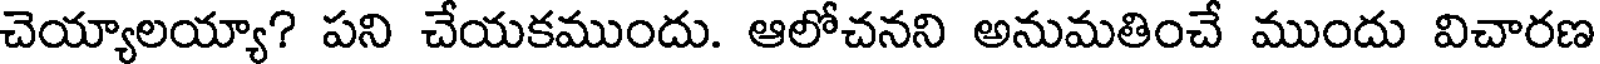
చెయ్యాలయ్యా? పని చేయకముందు. ఆలోచనని అనుమతించే ముందు విచారణ